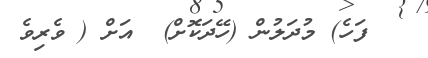
٦   ފަހެ) މުދަލުން (ހޭދަކޮށް)  އަށް ( ވެރިވެ